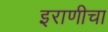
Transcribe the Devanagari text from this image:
इराणीचा